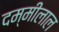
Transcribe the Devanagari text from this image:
दम्मीलाल